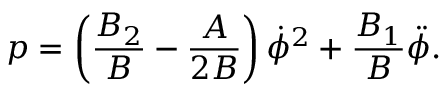
p = \left( \frac { B _ { 2 } } { B } - \frac { A } { 2 B } \right) \dot { \phi } ^ { 2 } + \frac { B _ { 1 } } { B } \ddot { \phi } .